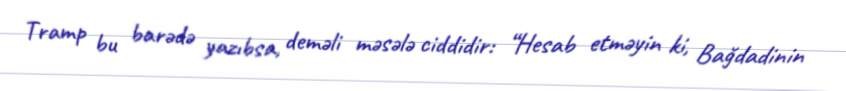
Tramp bu barədə yazıbsa, deməli məsələ ciddidir: “Hesab etməyin ki, Bağdadinin